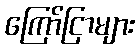
ကြော်ငြာများ